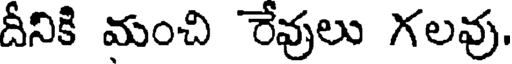
దీనికి మంచి రేవులు గలవు.